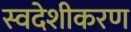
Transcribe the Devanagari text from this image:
स्वदेशीकरण